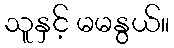
သူနှင့် မမနွယ်။